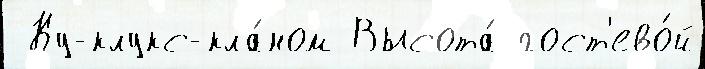
 Ку-клукс-кла́ном Высота́ гост'ево́й